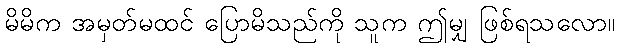
မိမိက အမှတ်မထင် ပြောမိသည်ကို သူက ဤမျှ ဖြစ်ရသလော။